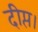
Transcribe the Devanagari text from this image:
दीप्त।